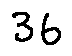
3 6